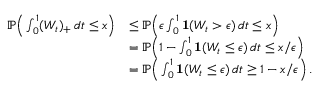
\begin{array} { r l } { \mathbb { P } \Big ( \int _ { 0 } ^ { 1 } ( W _ { t } ) _ { + } \, d t \le x \Big ) } & { \le \mathbb { P } \Big ( \epsilon \int _ { 0 } ^ { 1 } \mathbf { 1 } ( W _ { t } > \epsilon ) \, d t \le x \Big ) } \\ & { = \mathbb { P } \Big ( 1 - \int _ { 0 } ^ { 1 } \mathbf { 1 } ( W _ { t } \le \epsilon ) \, d t \le x / \epsilon \Big ) } \\ & { = \mathbb { P } \Big ( \int _ { 0 } ^ { 1 } \mathbf { 1 } ( W _ { t } \le \epsilon ) \, d t \ge 1 - x / \epsilon \Big ) \, . } \end{array}